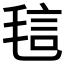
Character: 𰚝